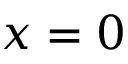
x = 0